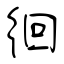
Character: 徊